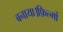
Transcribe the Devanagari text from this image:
बनाया।फ़िल्मों